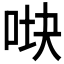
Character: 𰇧